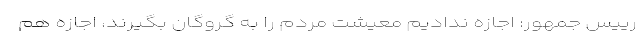
رییس جمهور: اجازه ندادیم معیشت مردم را به گروگان بگیرند، اجازه هم